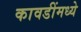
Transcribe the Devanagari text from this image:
कावडींमध्ये